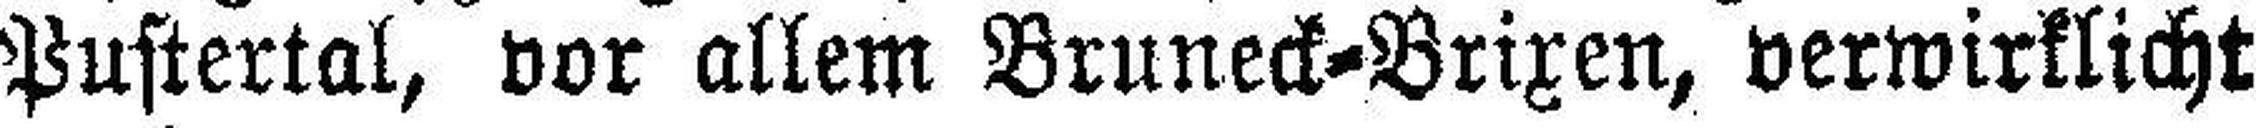
Pustertal, vor allem Bruneck-Brixen, verwirklicht